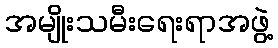
အမျိုးသမီးရေးရာအဖွဲ့